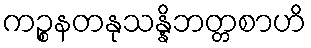
ကဉ္စနတနုသန္နိဘတ္တစာဟိ